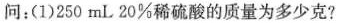
问：(1)250mL20%稀硫酸的质量为多少克?